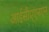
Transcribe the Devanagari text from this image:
आईसीएएनएन